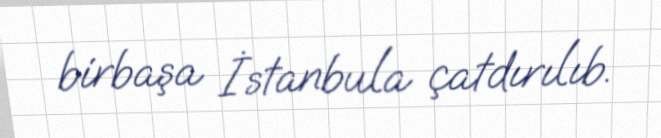
birbaşa İstanbula çatdırılıb.